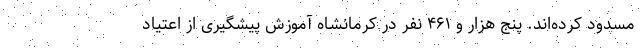
مسدود کرده‌اند. پنج هزار و ۴۶۱ نفر در کرمانشاه آموزش پیشگیری از اعتیاد